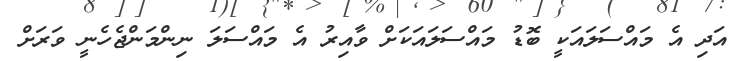
އަދި އެ މައްސަލައަކީ ބޮޑު މައްސަލައަކަށް ވާއިރު އެ މައްސަލަ ނިންމަންޖެހެނީ ވަރަށް